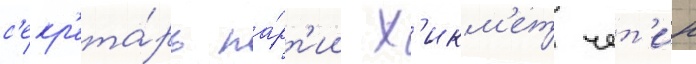
с'екр'ета́рь па́рт'ии х'икм'ет чет'ин